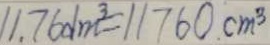
1 1 . 7 6 d m ^ { 3 } = 1 1 7 6 0 c m ^ { 3 }